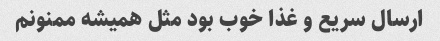
ارسال سریع و غذا خوب بود مثل همیشه ممنونم